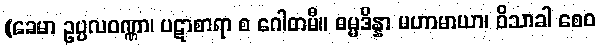
(ခေမာ ဥပ္ပလဝဏ္ဏာ၊ ပဋာစာရာ စ ဂေါတမီ။ ဓမ္မဒိန္နာ မဟာမာယာ၊ ဝိသာခါ စေဝ